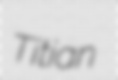
Titian